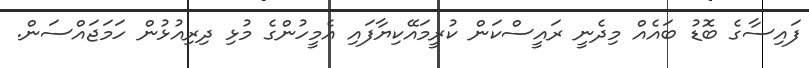
ފައިސާގެ ބޮޑު ބައެއް މިދެނީ ރައީސްކަން ކުރީމައޭކިޔާފައި އެމީހުންގެ މުޅި ދިރިއުޅުން ހަމަޖައްސަން.